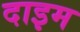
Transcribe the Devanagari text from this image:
दाइम